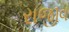
રાજીવ